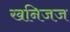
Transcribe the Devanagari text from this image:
खनिजज